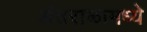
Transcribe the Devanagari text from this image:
अंतराळामध्ये